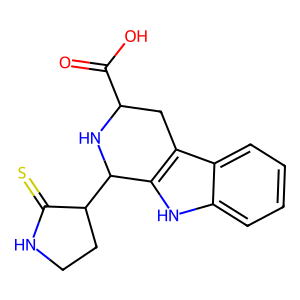
SMILES: O=C(O)C1Cc2c([nH]c3ccccc23)C(C2CCNC2=S)N1
Inhibits HIV replication: No